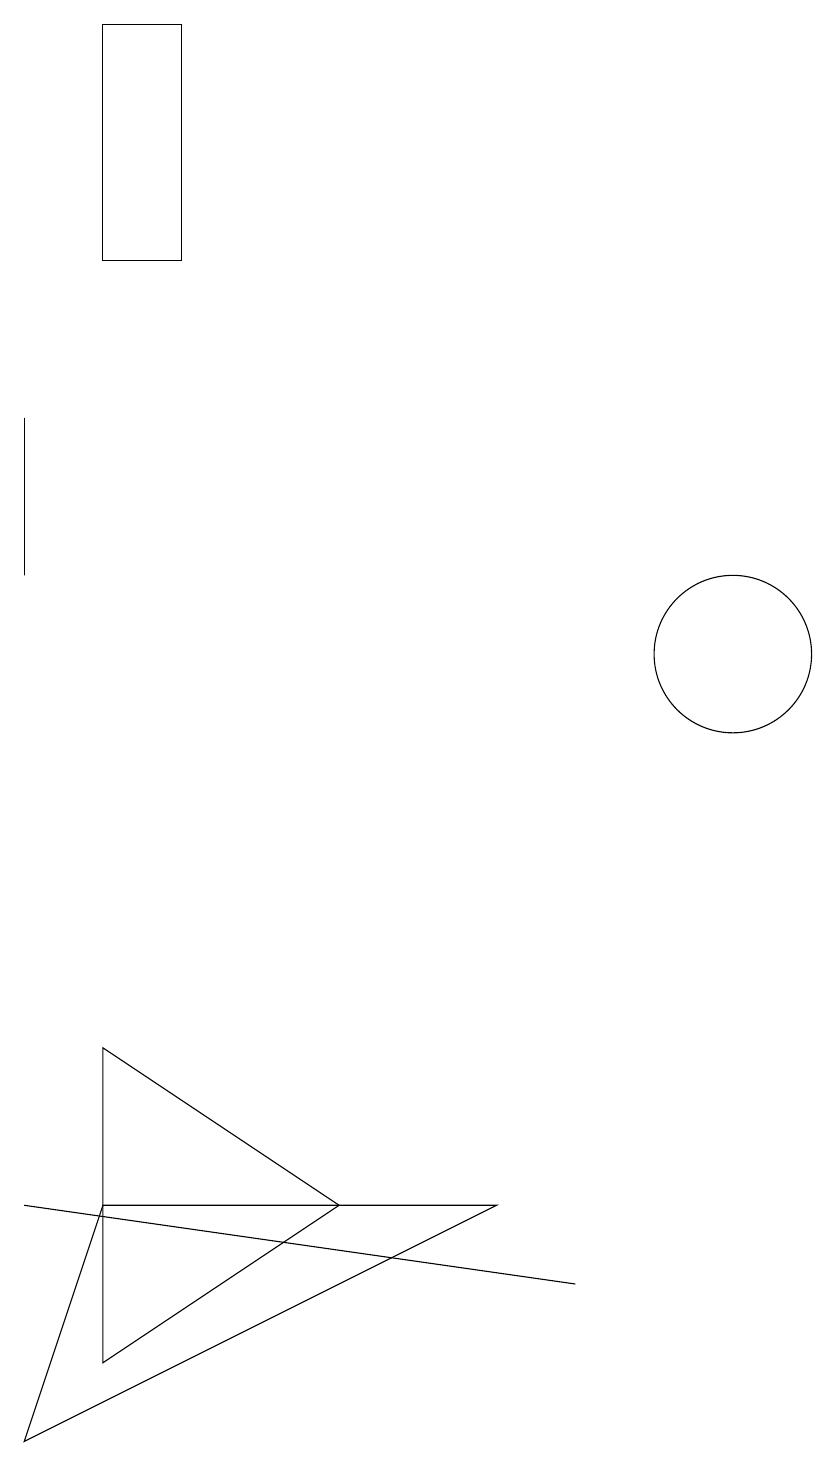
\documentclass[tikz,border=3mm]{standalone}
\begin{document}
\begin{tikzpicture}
\draw (8,2) -- (1,3) -- (8,2) -- cycle;
\draw (2,18) rectangle (3,15);
\draw (1,13) rectangle (1,11);
\draw (10,10) circle (1);
\draw (2,1) -- (5,3) -- (2,5) -- cycle;
\draw (1,0) -- (7,3) -- (2,3) -- cycle;
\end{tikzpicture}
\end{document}